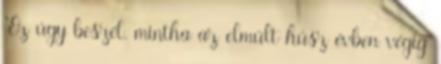
"Ez úgy beszél, mintha az elmúlt húsz évben végig